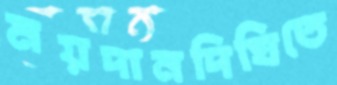
ময়দানদিঘিতে